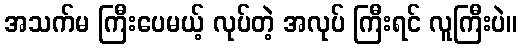
အသက်မ ကြီးပေမယ့် လုပ်တဲ့ အလုပ် ကြီးရင် လူကြီးပဲ။